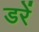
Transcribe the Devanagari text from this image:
डरें